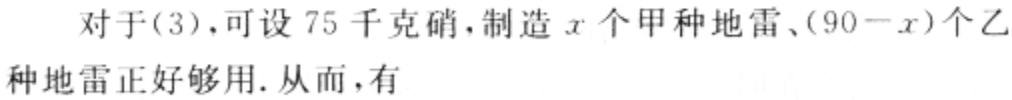
对于(3)，可设 75 千克硝，制造 \(x\) 个甲种地雷、\((90 - x)\) 个乙种地雷正好够用. 从而，有